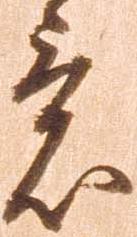
意